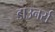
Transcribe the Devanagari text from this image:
डाउनर्स